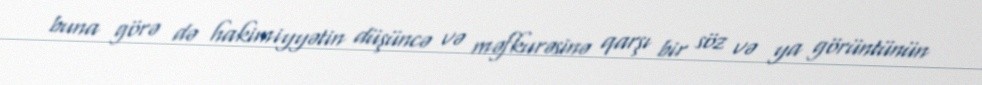
buna görə də hakimiyyətin düşüncə və məfkurəsinə qarşı bir söz və ya görüntünün